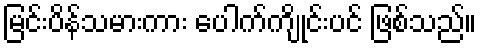
မြင်းပိန်သမားကား ပေါက်ကျိုင်းပင် ဖြစ်သည်။